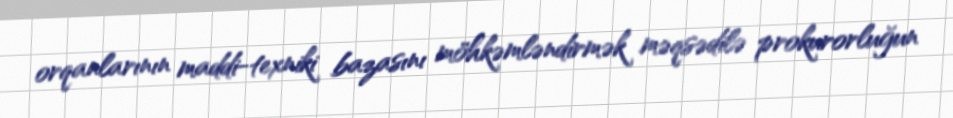
orqanlarının maddi-texniki bazasını möhkəmləndirmək məqsədilə prokurorluğun